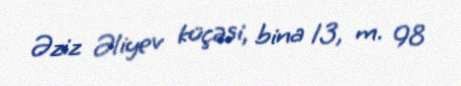
Əziz Əliyev küçəsi, bina 13, m. 98